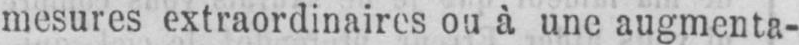
mesures extraordinaires ou à une augmenta-